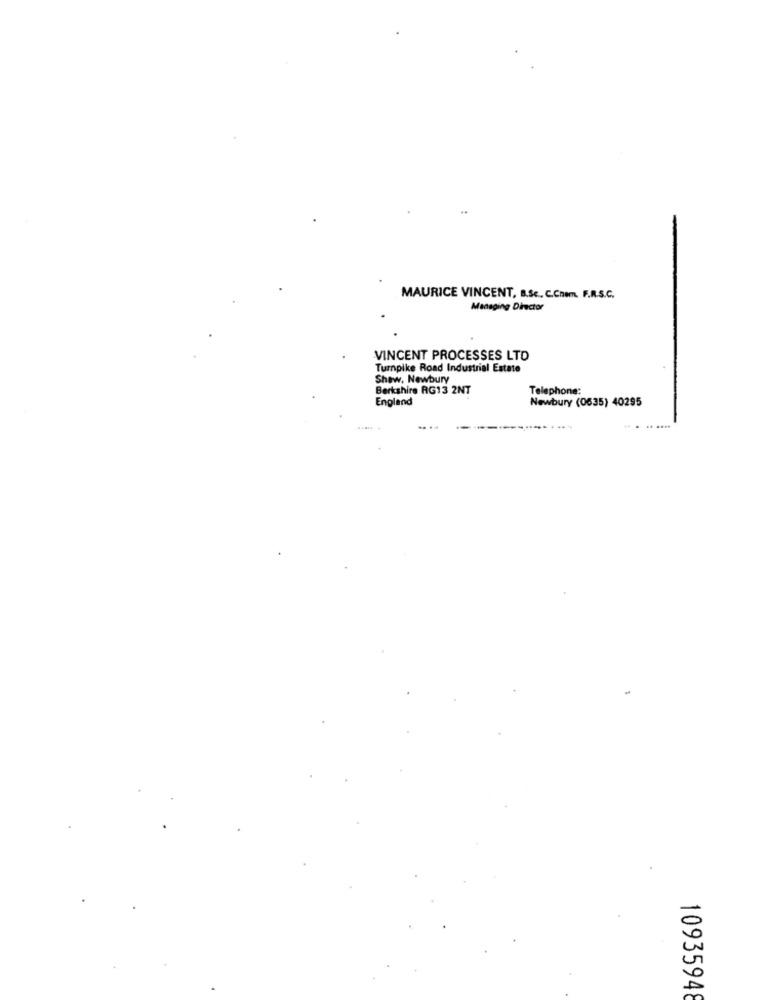
MAURICE VINCENT, B.Sc ., C.Cnem. F.R.S.C.
Managing Director
VINCENT PROCESSES LTD
Turnpike Road Industrial Estate
Shaw, Newbury
Berkshire RG13 2NT
Telephone:
England
Newbury (0535) 40295
10935948